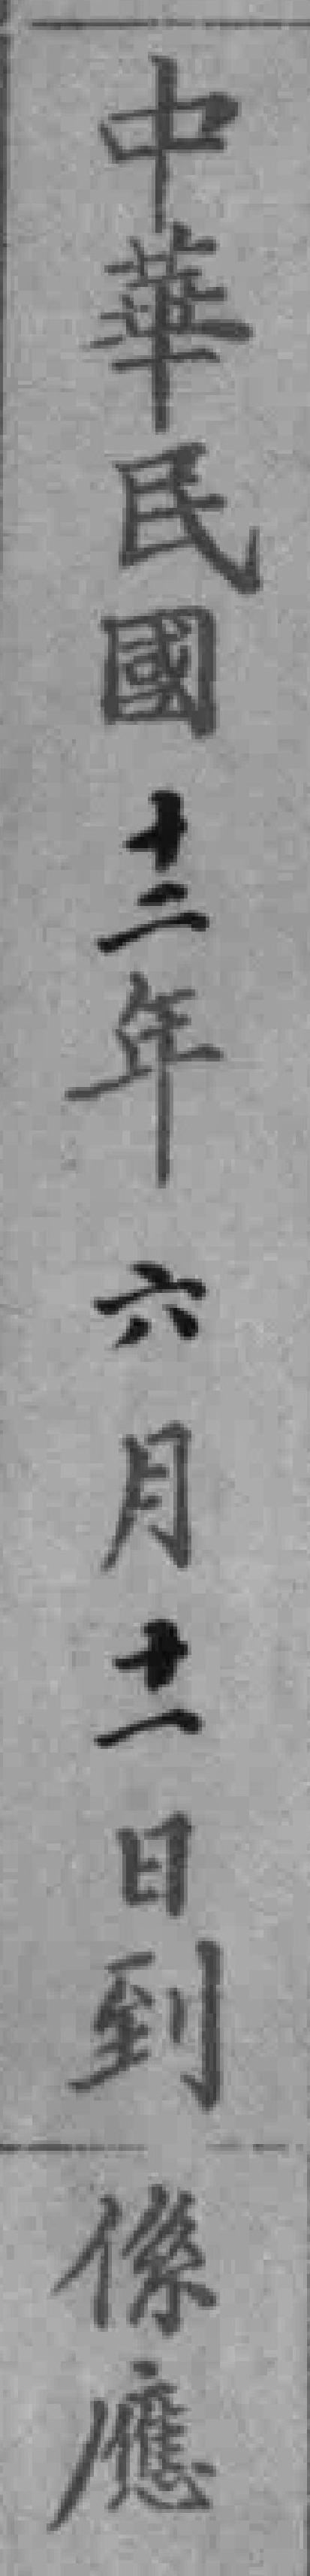
中華民國十二年六月十一日到係應